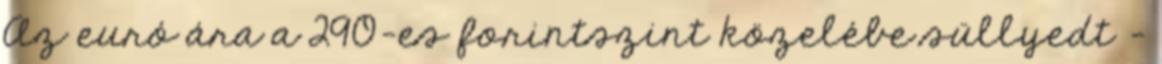
Az euró ára a 290-es forintszint közelébe süllyedt –